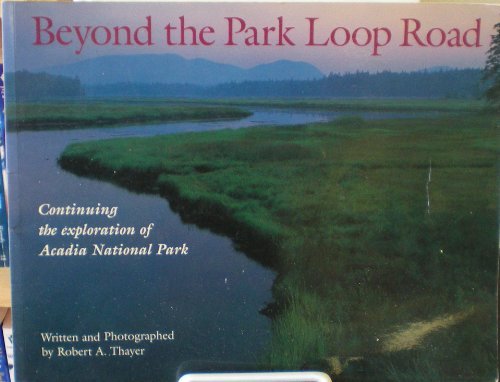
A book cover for Beyond the Park Loop Road; Robert Thayer; Travel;